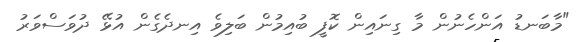
"މާބަނޑު އަންހެނުން މާ ގިނައިން ކޮފީ ބުއިމުން ބަލިވެ އިނދެގެން އުޅޭ ދުވަސްވަރު